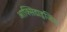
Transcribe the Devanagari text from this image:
आक्सिडाइजिंग